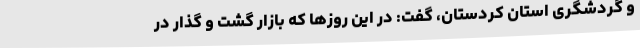
و گردشگری استان کردستان، گفت: در این روزها که بازار گشت و گذار در